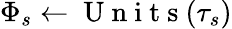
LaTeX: {\Phi_{s}}\gets\mathrm{~U~n~i~t~s~}({\tau_{s}})